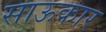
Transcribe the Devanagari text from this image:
साऊकार